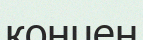
концен